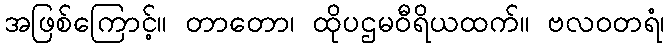
အဖြစ်ကြောင့်။ တာတော၊ ထိုပဌမဝီရိယထက်။ ဗလဝတရံ၊